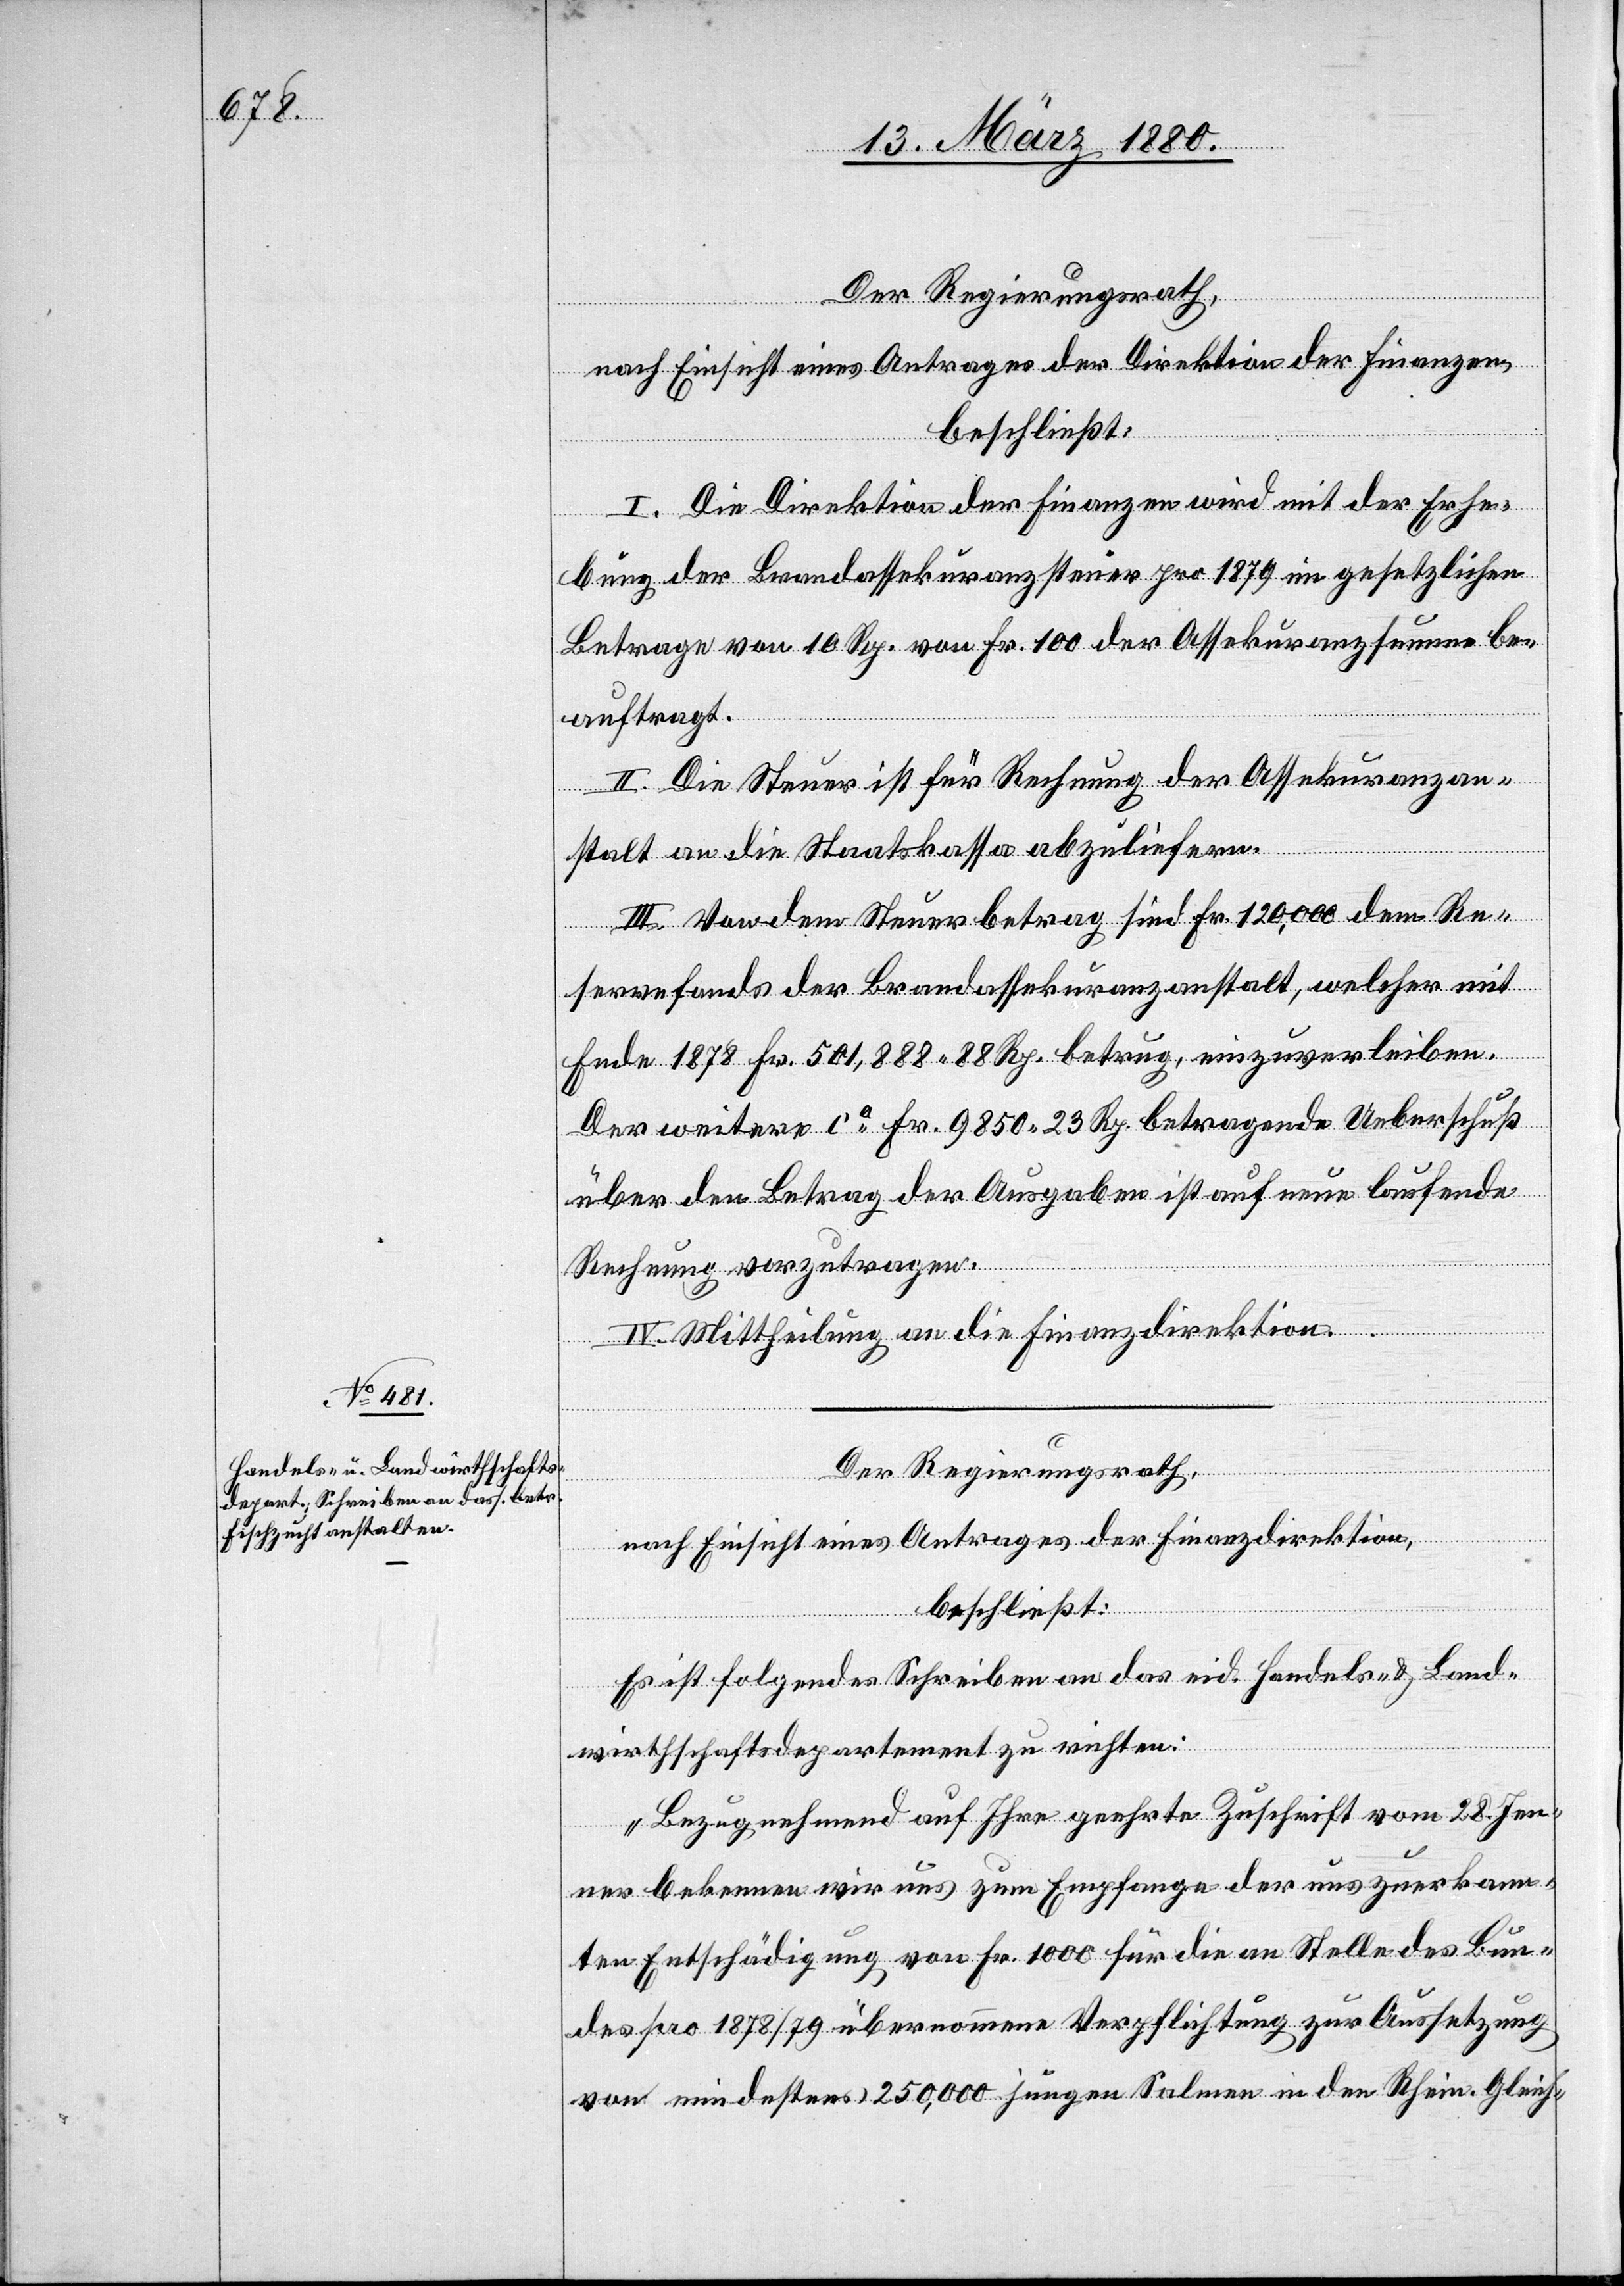
Der Regierungsrath,
nach Einsicht eines Antrages der Direktion der Finanzen,
beschließt:
I. Die Direktion der Finanzen wird mit der Erhe¬
bung der Brandassekuranzsteuer pro 1879 im gesetzlichen
Betrage von 10 Rp. von Fr. 100 der Assekuranzsumme be¬
auftragt.
II. Die Steuer ist für Rechnung der Assekuranzan¬
stalt an die Staatskasse abzuliefern.
III. Von dem Steuerbetrag sind Fr. 120, 000 dem Re¬
servefonds der Brandassekuranzanstalt, welcher mit
Ende 1878 Fr. 501, 888.88 Rp. betrug, einzuverleiben.
Der weitere ca Fr. 9850.23 Rp. betragende Ueberschuß
über den Betrag des Ausgaben ist auf eine laufende
Rechnung vorzutragen.
IV. Mittheilung an die Finanzdirektion.
Der Regierungsrath,
nach Einsicht eines Antrages der Finanzdirektion,
beschließt:
Es ist folgendes Schreiben an das eid. Handels- & Land¬
wirthschaftsdepartement zu richten:
„Bezugnehmend auf Ihre geehrte Zuschrift vom 28. Jen¬
ner bekennen wir uns zum Empfange der uns zuerkann¬
ten Entschädigung von Fr. 1000 für die an Stelle des Bun¬
des pro 1878 übernommene Verpflichtung zur Aussetzung
von mindestens 250, 000 jungen Salmen in den Rhein. Gleich-